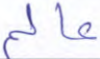
عالم